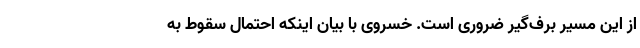
از این مسیر برف‌گیر ضروری است. خسروی با بیان اینکه احتمال سقوط به